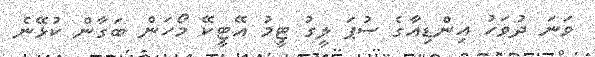
ވަނަ ދުވަހު އިންޑިއާގެ ސުޕަ ލީގު ޓީމު އޭޓީކޭ މޯހަން ބަގާން ކުޅޭނެ